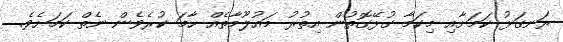
ރަނގަޅު ކަމަށާއި މިކަމާ ގުޅޭގޮތުން އިތުރު މައުލޫމާތެއް ހާމަ ކުރެވެން ނެތް ކަމަށެވެ.